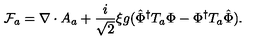
{ \cal F } _ { a } = \nabla \cdot A _ { a } + \frac { i } { \sqrt { 2 } } \xi g ( \hat { \Phi } ^ { \dagger } T _ { a } \Phi - \Phi ^ { \dagger } T _ { a } \hat { \Phi } ) .